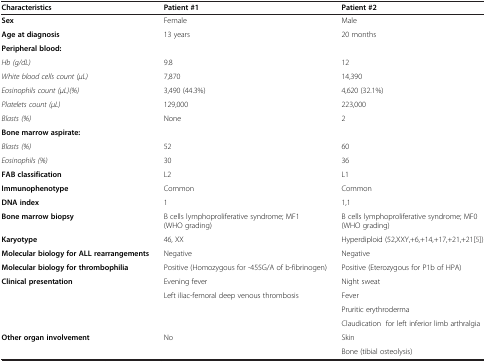
| Characteristics | Patient #1 | Patient #2 |
 | --- | --- | --- |
 | Sex | Female | Male |
 | Age at diagnosis | 13 years | 20 months |
 | Peripheral blood: |  |  |
 | Hb (g/dL) | 9.8 | 12 |
 | White blood cells count (μL) | 7,870 | 14,390 |
 | Eosinophils count (μL)(%) | 3,490 (44.3%) | 4,620 (32.1%) |
 | Platelets count (μL) | 129,000 | 223,000 |
 | Blasts (%) | None | 2 |
 | Bone marrow aspirate: |  |  |
 | Blasts (%) | 52 | 60 |
 | Eosinophils (%) | 30 | 36 |
 | FAB classification | L2 | L1 |
 | Immunophenotype | Common | Common |
 | DNA index | 1 | 1,1 |
 | Bone marrow biopsy | B cells lymphoproliferative syndrome; MF1 (WHO grading) | B cells lymphoproliferative syndrome; MF0 (WHO grading) |
 | Karyotype | 46, XX | Hyperdiploid (52,XXY,+6,+14,+17,+21,+21[5]) |
 | Molecular biology for ALL rearrangements | Negative | Negative |
 | Molecular biology for thrombophilia | Positive (Homozygous for -455G/A of b-fibrinogen) | Positive (Eterozygous for P1b of HPA) |
 | Clinical presentation | Evening fever | Night sweat |
 |  | Left iliac-femoral deep venous thrombosis | Fever |
 |  |  | Pruritic erythroderma |
 |  |  | Claudication for left inferior limb arthralgia |
 | Other organ involvement | No | Skin |
 |  |  | Bone (tibial osteolysis) |